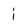
Character: i